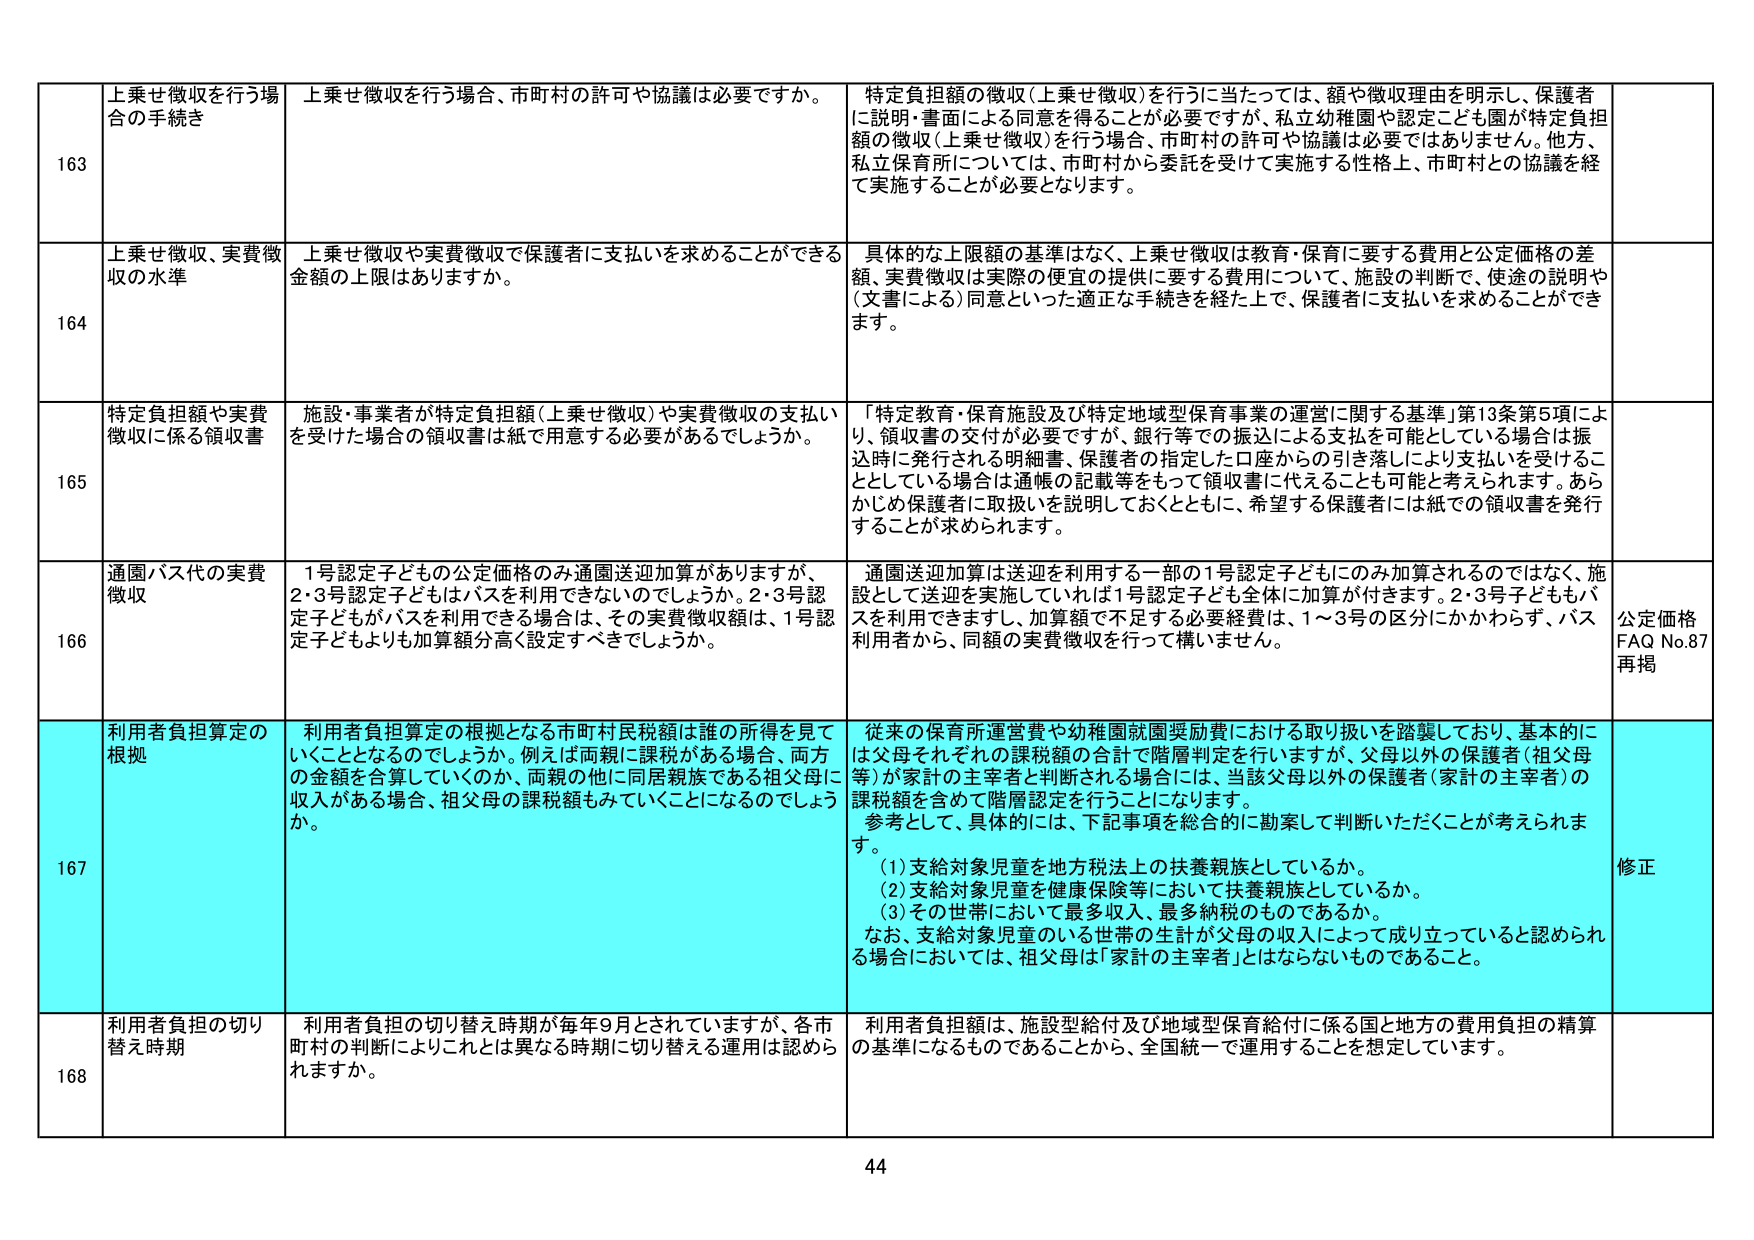
163 上乗せ徴収を行う場合の手続き 上乗せ徴収を行う場合、市町村の許可や協議は必要ですか。 特定負担額の徴収（上乗せ徴収）を行うに当たっては、額や徴収理由を明示し、保護者に説明・書面による同意を得ることが必要ですが、私立幼稚園や認定こども園が特定負担額の徴収（上乗せ徴収）を行う場合、市町村の許可や協議は必要ではありません。他方、私立保育所については、市町村から委託を受けて実施する性格上、市町村との協議を経て実施することが必要となります。

164 上乗せ徴収、実費徴収の水準 上乗せ徴収や実費徴収で保護者に支払いを求めることができる金額の上限はありますか。 具体的な上限額の基準はなく、上乗せ徴収は教育・保育に要する費用と公定価格の差額、実費徴収は実際の便宜の提供に要する費用について、施設の判断で、使途の説明や（文書による）同意といった適正な手続きを経た上で、保護者に支払いを求めることができます。

165 特定負担額や実費徴収に係る領収書 施設・事業者が特定負担額（上乗せ徴収）や実費徴収の支払いを受けた場合の領収書は紙で用意する必要があるでしょうか。 「特定教育・保育施設及び特定地域型保育事業の運営に関する基準」第13条第5項により、領収書の交付が必要ですが、銀行等での振込による支払を可能としている場合は振込時に発行される明細書、保護者の指定した口座からの引き落としにより支払いを受けることとしている場合は通帳の記載等をもって領収書に代えることも可能と考えられます。あらかじめ保護者に取扱いを説明しておくとともに、希望する保護者には紙での領収書を発行することが求められます。

166 通園バス代の実費徴収 1号認定子どものみ公定価格のみ通園送迎加算がありますが、2・3号認定子どもはバスを利用できないのでしょうか。2・3号認定子どもがバスを利用できる場合は、その実費徴収額は、1号認定子どもよりも加算額分高く設定すべきでしょうか。 通園送迎加算は送迎を利用する一部の1号認定子どもにのみ加算されるのではなく、施設として送迎を実施していれば1号認定子ども全体に加算が付きます。2・3号子どももバスを利用できますし、加算額で不足する必要経費は、1～3号の区分にかかわらず、バス利用者から、同額の実費徴収を行って構いません。 公定価格 FAQ No.87 再掲

167 利用者負担算定の根拠 利用者負担算定の根拠となる市町村民税額は誰の所得を見ていくこととなるのでしょうか。例えば両親に課税がある場合、両方の金額を合算していくのか、両親の他に同居親族である祖父母に収入がある場合、祖父母の課税額もみていくことになるのでしょうか。 従来の保育所運営費や幼稚園就園奨励費における取り扱いを踏襲しており、基本的には父母それぞれの課税額の合計で階層判定を行いますが、父母以外の保護者（祖父母等）が家計の主宰者と判断される場合には、当該父母以外の保護者（家計の主宰者）の課税額を含めて階層認定を行うことになります。 参考として、具体的には、下記事項を総合的に勘案して判断いただくことが考えられます。 （1）支給対象児童を地方税法上の扶養親族としているか。 （2）支給対象児童を健康保険等において扶養親族としているか。 （3）その世帯において最多収入、最多納税のものであるか。 なお、支給対象児童のいる世帯の生計が父母の収入によって成り立っていると認められる場合においては、祖父母は「家計の主宰者」とはならないものであること。 修正

168 利用者負担の切り替え時期 利用者負担の切り替え時期が毎年9月とされていますが、各市町村の判断によりこれとは異なる時期に切り替える運用は認められますか。 利用者負担額は、施設型給付及び地域型保育給付に係る国と地方の費用負担の精算の基準になるものであることから、全国統一で運用することを想定しています。

44